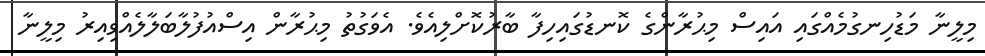
މިލީނާ މަޑުހިނގުމެއްގައި އައިސް މިޙުރާންގެ ކޮނޑުގައިހިފާ ބާރުކޮށްލިއެވެ. އެވަގުތު މިޙުރާން އިސްއުފުލާބަލާލެއްވިއިރު މިލީނާ